Leaving Certificate Examination, 1919
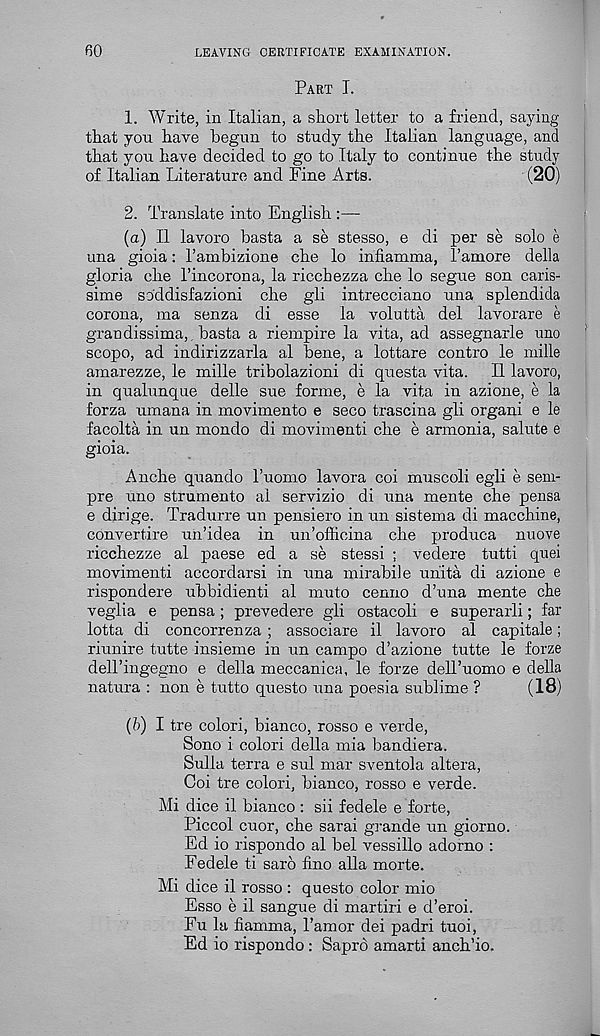
60
LEAVING CERTIFICATE EXAMINATION.
Part I.
1. Write, in Italian, a short letter to a friend, saying
that yon have begun to study the Italian language, and
that you have decided to go to Italy to continue the study
of Italian Literature and Fine Arts.
(20)
2. Translate into English :—
(a) II lavoro basta a se stesso, e di per se solo e
una gioia: I’ambizione che lo infiamma, I’amore della
gloria che 1’incorona, la ricchezza che lo segue son caris-
sime soddisfazioni che gli intrecciano una splendida
corona, ma senza di esse la volutta del lavorare e
grandissima, basta a riempire la vita, ad assegnarle uno
scopo, ad indirizzarla al bene, a lottare contro le mille
amarezze, le mille tribolazioni di questa vita. II lavoro,
in qualunque delle sue forme, e la vita in azione, e la
forza umana in movimento e seco trascina gli organi e le
facolta in un mondo di movimenti che e armonia, salute e
gioia.
Anche quando 1’uomo lavora coi muscoli egli e sem-
pre uno strumento al servizio di una mente che pensa
e dirige. Tradurre un pensiero in un sistema di macchine,
convertire un’idea in un’officina che produca nuove
ricchezze al paese ed a se stessi ; vedere tutti quei
movimenti accordarsi in una mirabile uhita di azione e
rispondere ubbidienti al muto cenno d’una mente che
veglia e pensa ; prevedere gli ostacoli e superarli; far
lotta di concorrenza ; associare il lavoro al capitale;
riunire tutte insieme in un campo d’azione tutte le forze
dell’ingegno e della meccanica, le forze dell’uomo e della
natura : non e tutto questo una poesia sublime ?
(18)
(b) I tre colori, bianco, rosso e verde,
Sono i colori della mia bandiera.
Sulla terra e sul mar sventola altera,
Coi tre colori, bianco, rosso e verde.
Mi dice il bianco : sii fedele e forte,
Piccol cuor, che sarai grande un giorno.
Ed io rispondo al bel vessillo adorno :
Fedele ti saro fino alia morte.
Mi dice il rosso : questo color mio
Esso e il sangue di martiri e d’eroi.
Fu la fiamma, Pamor dei padri tuoi,
Ed io rispondo : Sapro amarti anch’io.